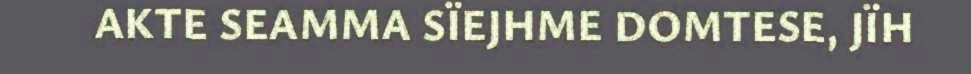
AKTE SEAMMA SÏEJHME DOMTESE, JÏH